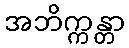
အဘိက္ကန္တာ